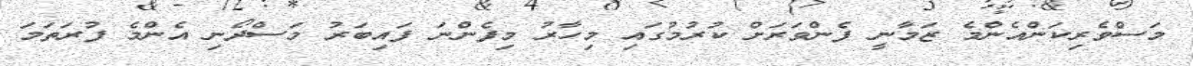
މަސްވެރިކަންއެންމެ ޒަމާނީ ފެންވަރަށް ކުރުމުގައި މިހާރު މިފެންނަ ފައިބަރު މަސްދޯނި އެންމެ ފުރަތަމަ